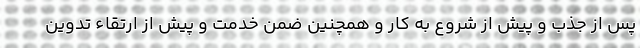
پس از جذب و پیش از شروع به کار و همچنین ضمن خدمت و پیش از ارتقاء تدوین